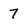
Character: 7